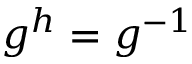
g ^ { h } = g ^ { - 1 }